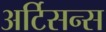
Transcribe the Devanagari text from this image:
अर्टिसन्स